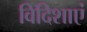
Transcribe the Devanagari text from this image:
विदिशाएं